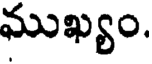
ముఖ్యం.